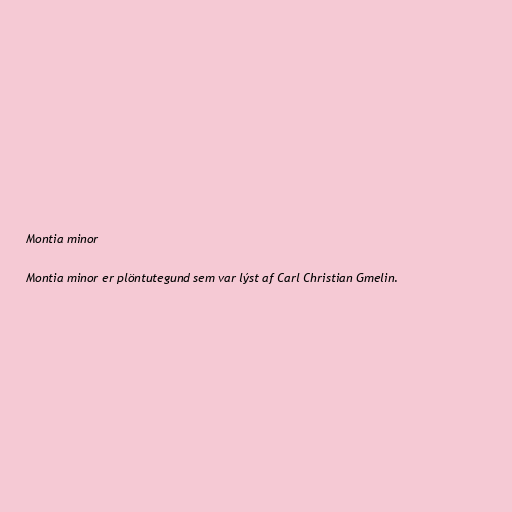
Montia minor

Montia minor er plöntutegund sem var lýst af Carl Christian Gmelin.